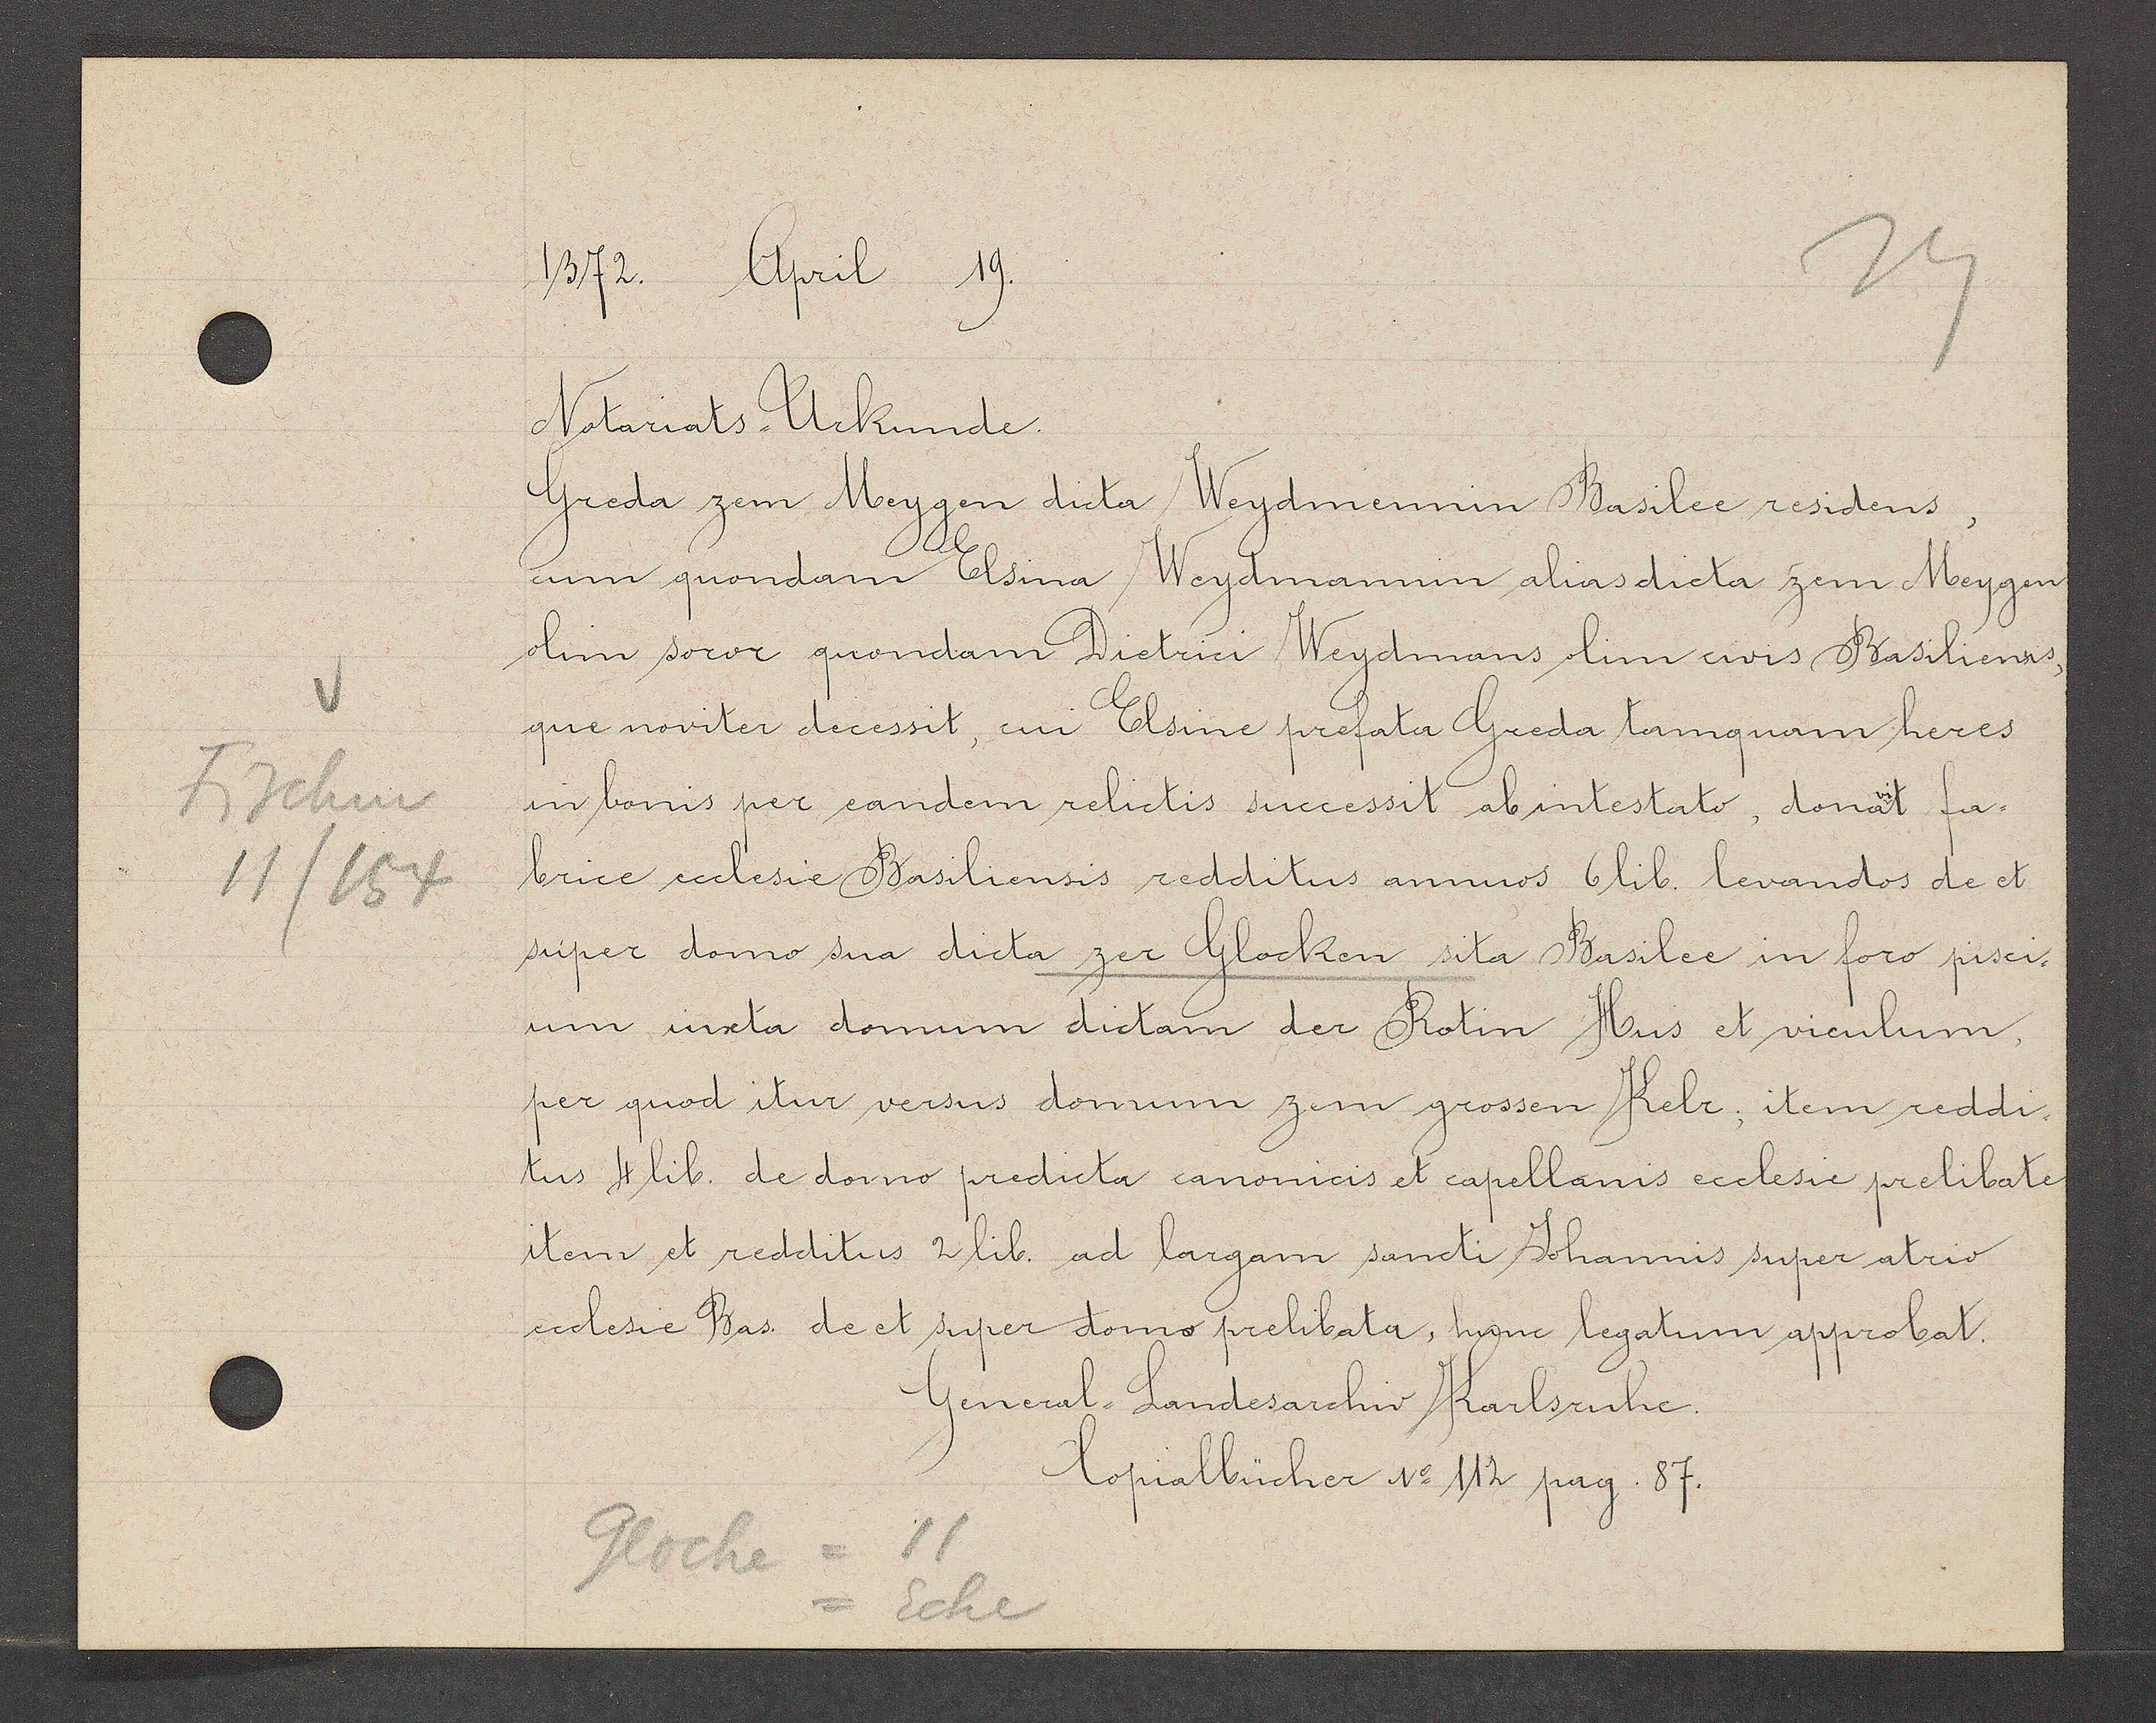
Transcript:
Fischm
11/154

1372. April 19.

Notariats-Urkunde.
Greda zem Meygen dicta Weydmennin Basilee residens,
cum quondam Elsina Weydmannin alias dicta zem Meygen,
olim soror quondam Dietrici Weydmans olim civis Basiliensis,
que noviter decessit, cui Elsine prefata Greda tanquam heres
in bonis per eandem relictis successit ab intestato, donavit fa¬
brice ecclesie Basiliensis redditus annuos 6 lib. levandos de et
super domo sua dicta zer Glocken sita Basilee in foro pisci-
um iuxta domum dictam der Rotin Hus et vienlum
per quod itur versus domum zem grossen Kelr, item reddi¬
tus 4 lib. de domo predicta canonicis et capellanis ecclesie prelibate.
item et redditus 2 lib. ad largam sancti Johannis super atrio.
ecclesie Bas. de et super domo prelibata, hunc legatum approbat.
General-Landesarchiv Karlsruhe.
Copialbücher No 112 pag. 87.

11
Glocke
Ecke